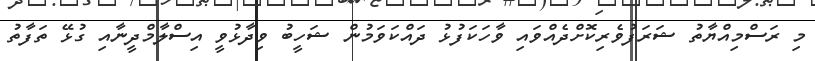
މި ރަސްމިއްޔާތު ޝަރަފުވެރިކޮށްދެއްވައި ވާހަކަފުޅު ދައްކަވަމުން ޝަހީބު ވިދާޅުވީ އިސްލާމްދީނާއި ގުޅޭ ތަފާތު